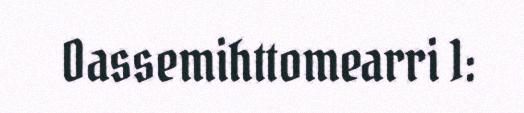
Oassemihttomearri 1: